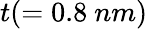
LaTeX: t(=0.8\ nm)